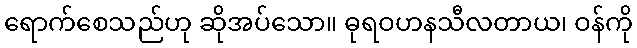
ရောက်စေသည်ဟု ဆိုအပ်သော။ ဓုရဝဟနသီလတာယ၊ ဝန်ကို